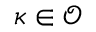
\kappa \in \mathcal { O }